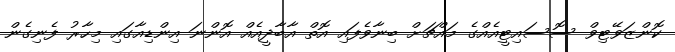
ކޮންޒަވޭޓިވް ސޮސައިޓީއެއްގެ މައްޗަށް ބިނާވެފައި އޮތް އާބާދީއެއް އޮންނަ އިންޑިއާގައި މިހާރު ފެނިގެން